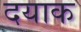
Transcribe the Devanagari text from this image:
दयाक